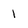
Character: 1